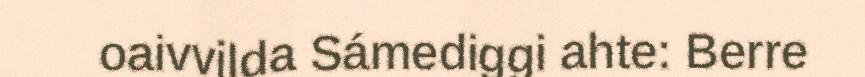
oaivvilda Sámediggi ahte: Berre